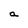
Character: a